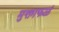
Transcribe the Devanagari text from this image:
मुक्ताफळं